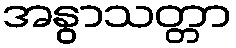
အနွာသတ္တာ